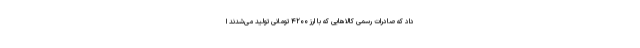
داد که صادرات رسمی کالاهایی که با ارز ۴۲۰۰ تومانی تولید می‌شدند ا